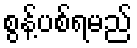
စွန့်ပစ်ရမည်